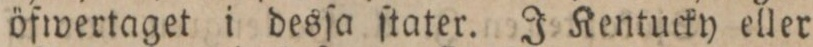
öfwertaget i desſa ſtater. J Kentucky eller